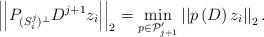
LaTeX: \begin{align*} \left| \left| P_{(S_i^j)^\perp} D^{j+1} z_i \right| \right|_2 = \min_{p \in \mathcal{P}_{j+1}'} \left| \left| p \left(D \right) z_i \right| \right|_2. \end{align*}